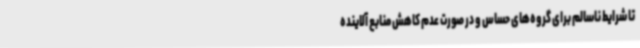
تا شرایط ناسالم برای گروه‌های حساس و در صورت عدم کاهش منابع آلاینده